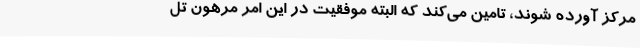
مرکز آورده شوند، تامین می‌کند که البته موفقیت در این امر مرهون تل